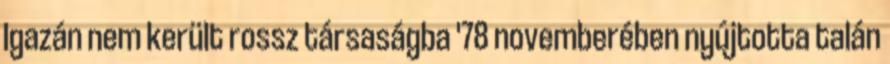
Igazán nem került rossz társaságba '78 novemberében nyújtotta talán